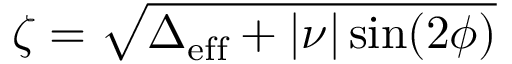
\zeta = \sqrt { \Delta _ { \mathrm { e f f } } + | \nu | \sin ( 2 \phi ) }